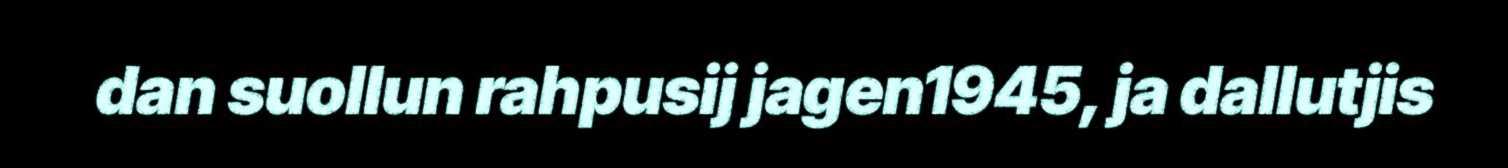
dan suollun rahpusij jagen1945, ja dallutjis